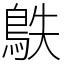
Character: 䳀